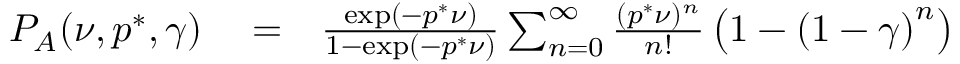
\begin{array} { r l r } { P _ { A } ( \nu , p ^ { * } , \gamma ) } & { { } = } & { \frac { \exp ( - p ^ { * } \nu ) } { 1 - \exp ( - p ^ { * } \nu ) } \sum _ { n = 0 } ^ { \infty } \frac { ( p ^ { * } \nu ) ^ { n } } { n ! } \left( 1 - \left( 1 - \gamma \right) ^ { n } \right) } \end{array}